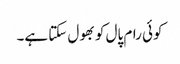
کوئی رام پال کو بھول سکتا ہے۔